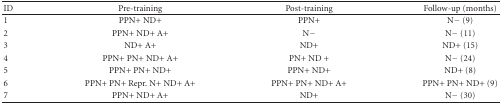
| ID | Pre-training | Post-training | Follow-up (months) |
 | --- | --- | --- | --- |
 | 1 | PPN+ ND+ | PPN+ | N− (9) |
 | 2 | PPN+ ND+ A+ | N− | N− (11) |
 | 3 | ND+ A+ | ND+ | ND+ (15) |
 | 4 | PPN+ PN+ ND+ A+ | PN+ ND + | N− (24) |
 | 5 | PPN+ PN+ ND+ | PPN+ ND+ | ND+ (8) |
 | 6 | PPN+ PN+ Repr. N+ ND+ A+ | PPN+ PN+ ND+ A+ | PPN+ PN+ ND+ (9) |
 | 7 | PPN+ ND+ A+ | ND+ | N− (30) |